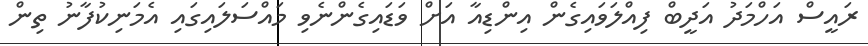
ރައީސް އަހްމަދު އަދީބް ފިއްލަވައިގެން އިންޑިއާ އަށް ވަޑައިގެންނެވި މައްސަލައިގައި އެމަނިކުފާނު ތިން